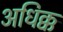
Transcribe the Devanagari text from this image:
अधिक्क